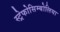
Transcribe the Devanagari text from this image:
स्ट्रेफोसिम्बोलिया